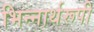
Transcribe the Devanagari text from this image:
भिन्‍नार्थरूपी